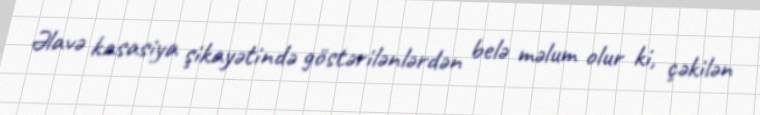
Əlavə kasasiya şikayətində göstərilənlərdən belə məlum olur ki, çəkilən